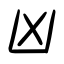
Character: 凶